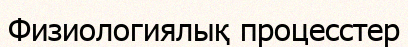
Физиологиялық процесстер